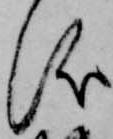
儀